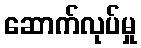
ဆောက်လုပ်မှု